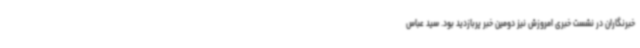
خبرنگاران در نشست خبری امروزش نیز دومین خبر پربازدید بود. سید عباس